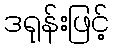
ဒရုန်းဖြင့်